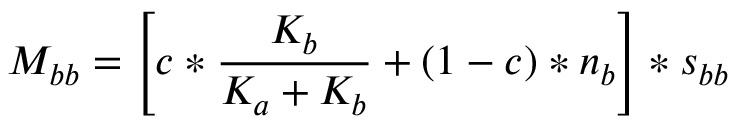
M _ { b b } = \left[ c * \frac { K _ { b } } { K _ { a } + K _ { b } } + ( 1 - c ) * n _ { b } \right] * s _ { b b }